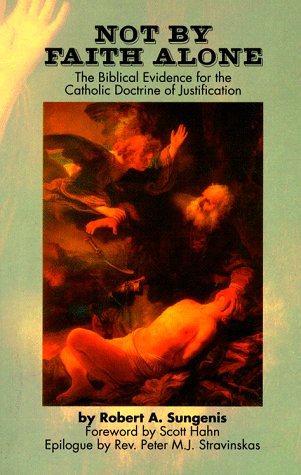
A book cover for Not by Faith Alone: A Biblical Study of the Catholic Doctrine of Justification; Robert A. Sungenis; Christian Books & Bibles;